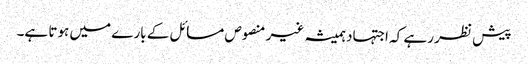
پیش نظر رہے کہ اجتہاد ہمیشہ غیر منصوص مسائل کے بارے میں ہوتا ہے۔